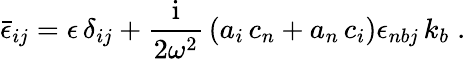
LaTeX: \bar{\epsilon}_{ij}=\epsilon\, \delta_{ij}+{\frac{\mathrm{i}}{{2{\omega}^{2}}}}\left(a_{i}\, c_{n}+a_{n}\, c_{i}\right){\epsilon}_{nbj}\, k_{b}\; .